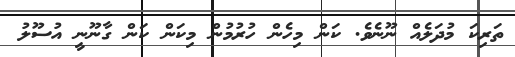
ތަރިކަ މުދަލެއް ނޫނެވެ. ކަން މިހެން ހުރުމުން މިކަން ކަން ގާނޫނީ އުސޫލު